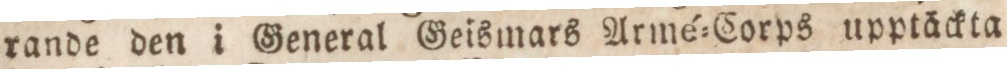
rande den i General Geismars Armé=Corps upptäckta